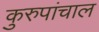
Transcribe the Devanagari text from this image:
कुरुपांचाल